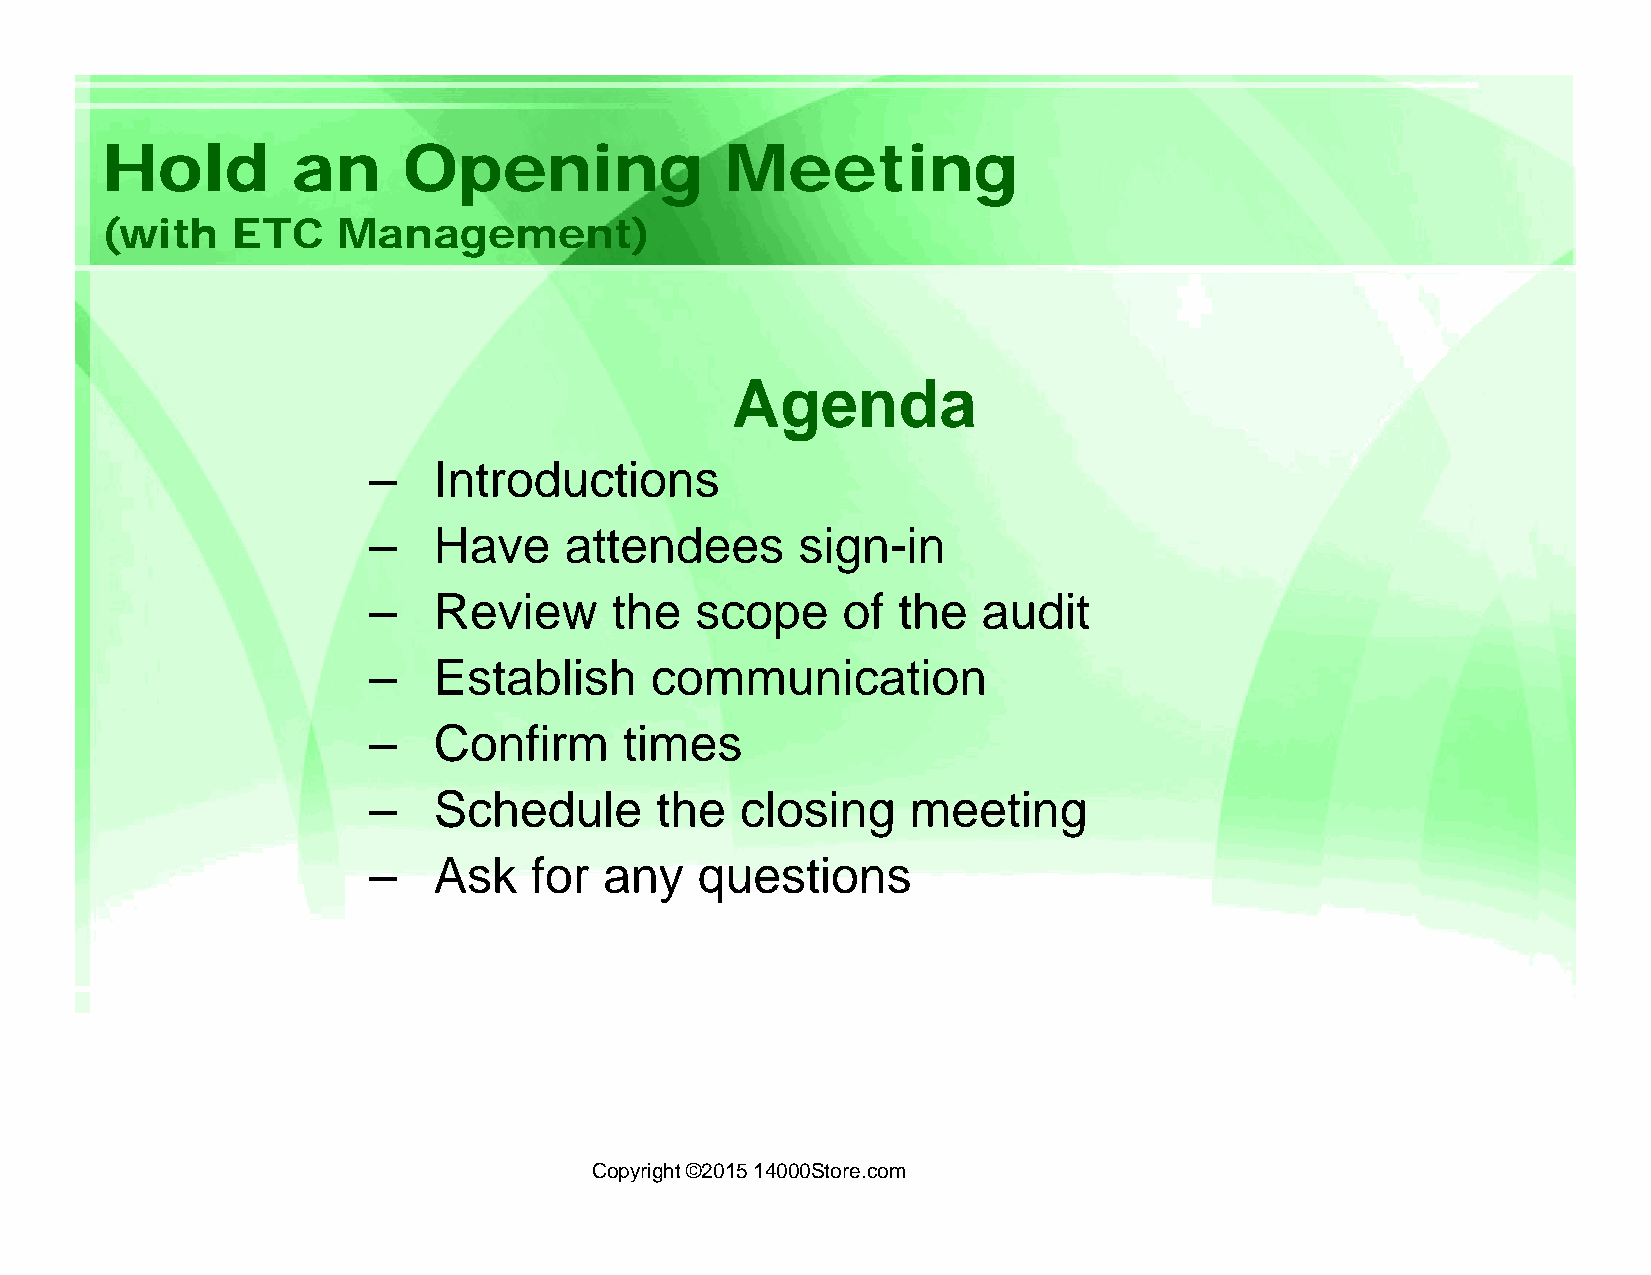
Hold        an      Opening              Meeting
 (with   ETC    Management)
 Agenda
 –    Introductions
 –    Have    attendees       sign-in
 –    Review     the   scope     of the   audit
 –    Establish     communication
 –    Confirm     times
 –    Schedule      the   closing    meeting
 –    Ask   for  any   questions
 Copyright ©2015 14000Store.com